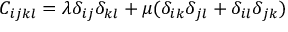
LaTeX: C _ { i j k l } = \lambda \delta _ { i j } \delta _ { k l } + \mu ( \delta _ { i k } \delta _ { j l } + \delta _ { i l } \delta _ { j k } )